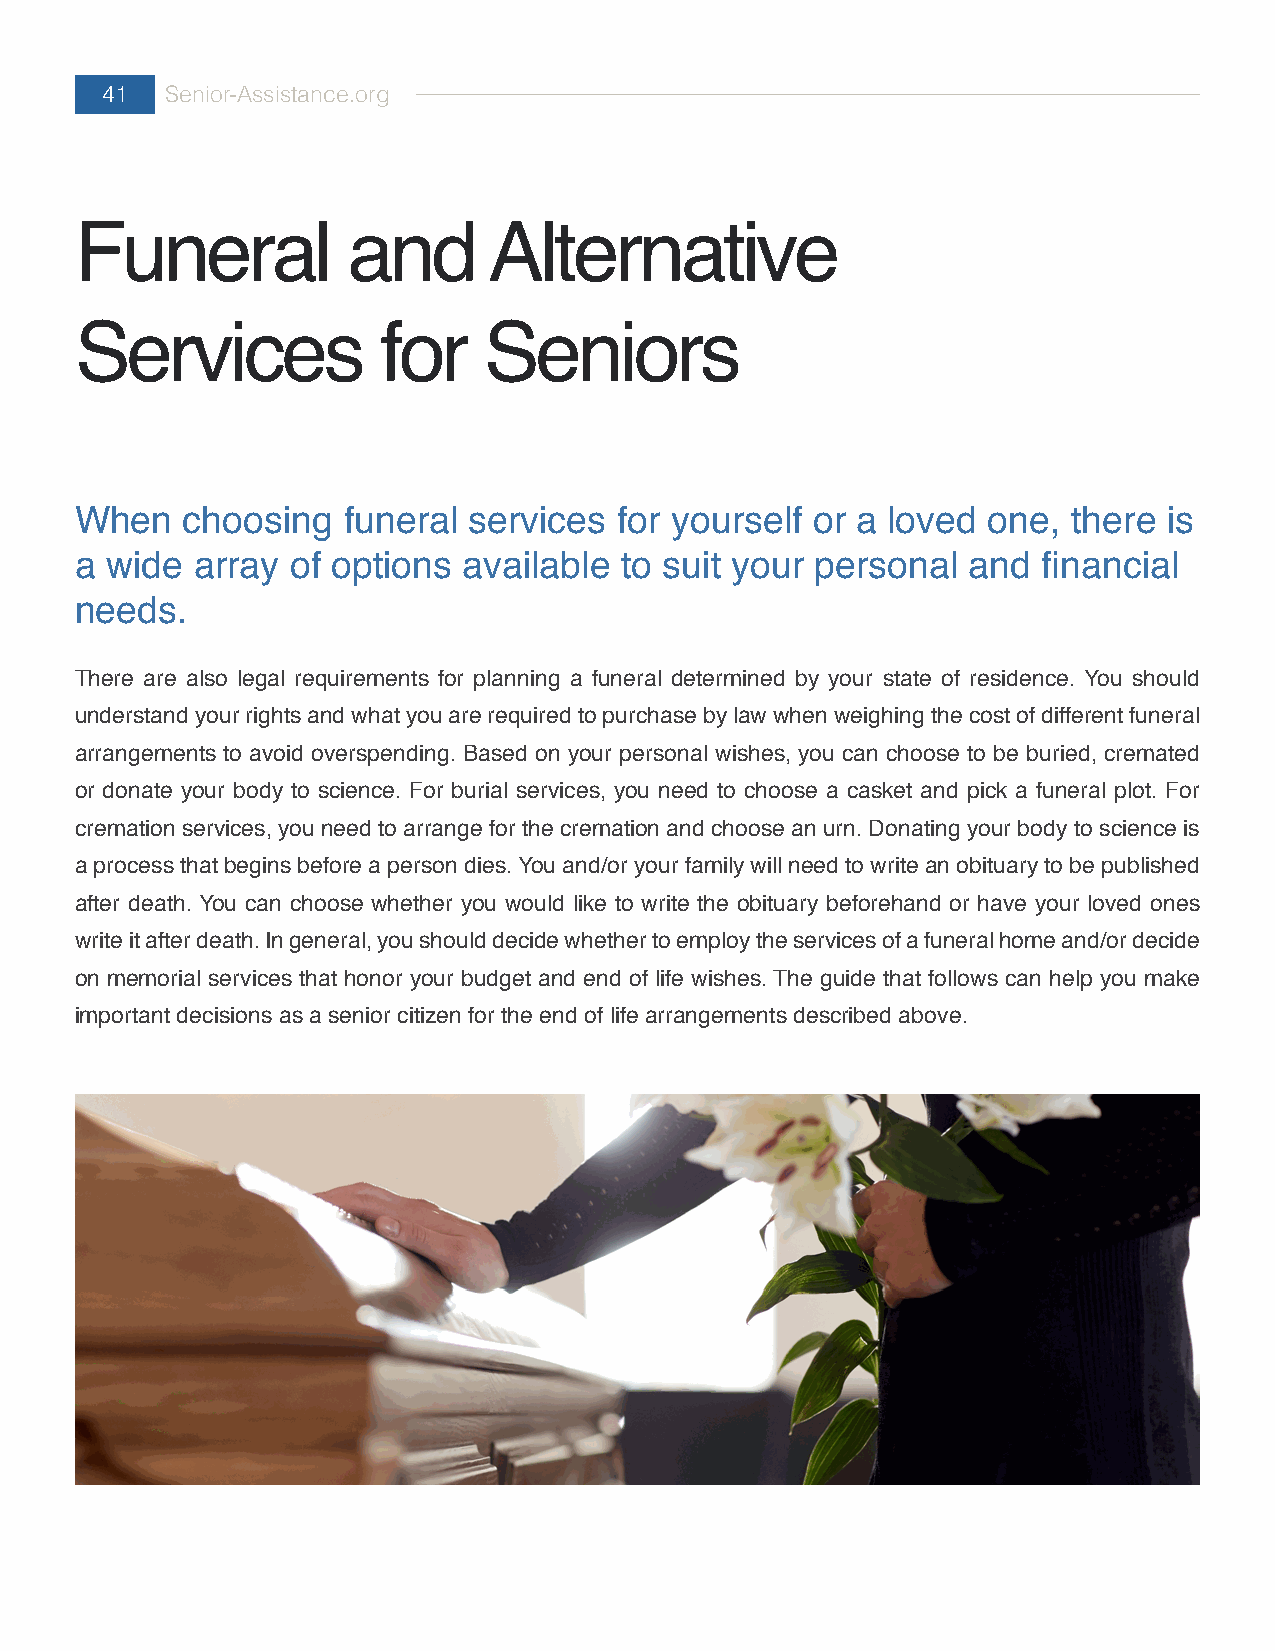
41  Senior-Assistance.org
 Funeral           and      Alternative
 Services            for    Seniors
 When   choosing   funeral services  for yourself or a loved one,  there is
 a wide  array of options  available to suit your personal  and  financial
 needs.
 There are also legal requirements for planning a funeral determined by your state of residence. You should
 understand your rights and what you are required to purchase by law when weighing the cost of different funeral
 arrangements to avoid overspending. Based on your personal wishes, you can choose to be buried, cremated
 or donate your body to science. For burial services, you need to choose a casket and pick a funeral plot. For
 cremation services, you need to arrange for the cremation and choose an urn. Donating your body to science is
 a process that begins before a person dies. You and/or your family will need to write an obituary to be published
 after death. You can choose whether you would like to write the obituary beforehand or have your loved ones
 write it after death. In general, you should decide whether to employ the services of a funeral home and/or decide
 on memorial services that honor your budget and end of life wishes. The guide that follows can help you make
 important decisions as a senior citizen for the end of life arrangements described above.